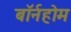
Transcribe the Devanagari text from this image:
बॉर्नहोम